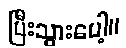
ပြီးသွားပေါ့။